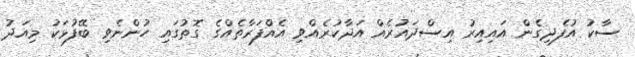
ސާކު އުފެދިގެން އައިއިރު އިސްދައުރެއް އަދާކުރެއްވި އެއްފަރާތެއްގެ ގޮތުގައި ހުންނެވި ބޭފުޅަކު މިއަދު